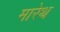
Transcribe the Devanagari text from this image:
मारेथ